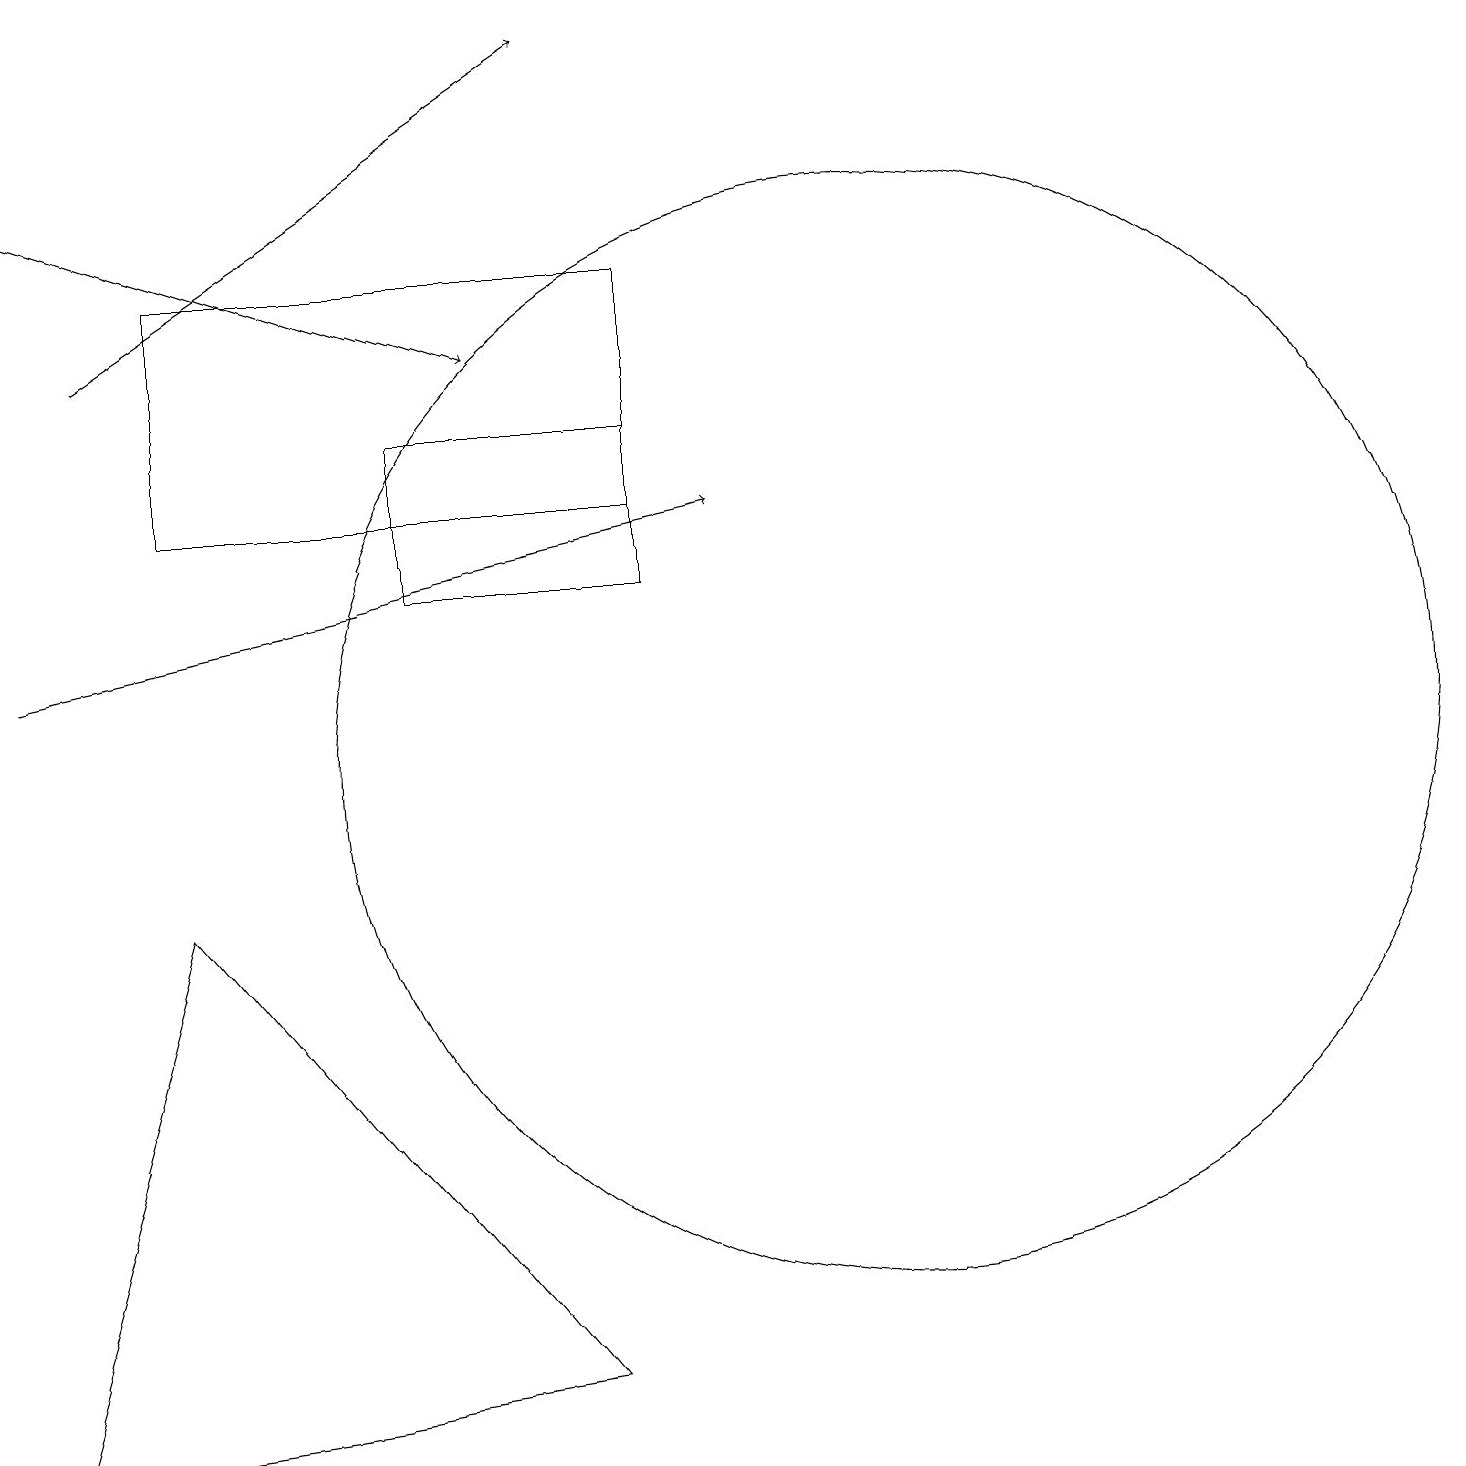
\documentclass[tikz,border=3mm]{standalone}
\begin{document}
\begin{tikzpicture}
\draw[->] (0,11) -- (9,13);
\draw (7,2) -- (0,1) -- (2,8) -- cycle;
\draw (8,13) rectangle (2,16);
\draw[->] (1,15) -- (7,19);
\draw (11,10) circle (7);
\draw (5,12) rectangle (8,14);
\draw[->] (0,17) -- (6,15);
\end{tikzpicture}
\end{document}